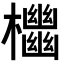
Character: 𣠭